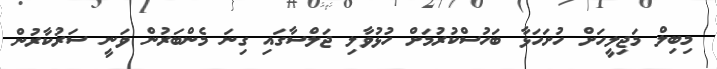
މިބިލް މަޖިލީހަށް ހުށަހަޅާ ބަހުސްކުރުމަށް ހުޅުވާލި ޖަލްސާގައި ގިނަ މެންބަރުން ވަނީ ސަރުކާރުން